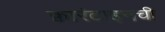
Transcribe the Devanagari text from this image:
क्वारंटाइनची